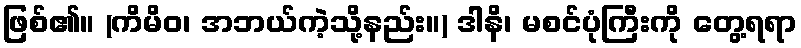
ဖြစ်၏။ (ကိမိဝ၊ အဘယ်ကဲ့သို့နည်း။) ဒါနိ၊ မစင်ပုံကြီးကို တွေ့ရရာ